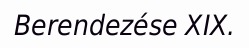
Berendezése XIX.